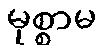
မုစ္စာမ